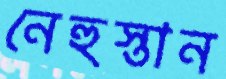
নেহুস্তান